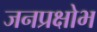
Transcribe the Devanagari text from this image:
जनप्रक्षोभ